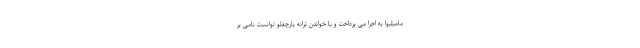
مامبلیوا به اجرا می پرداخت و با خواندن ترانه یارچغلو توانست نامی بر